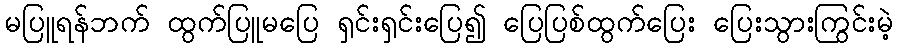
မပြူရန်ဘက် ထွက်ပြူမပြေ ရှင်းရှင်းပြေ၍ ပြေပြစ်ထွက်ပြေး ပြေးသွားကြွင်းမဲ့